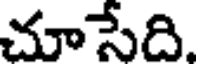
చూసేది.